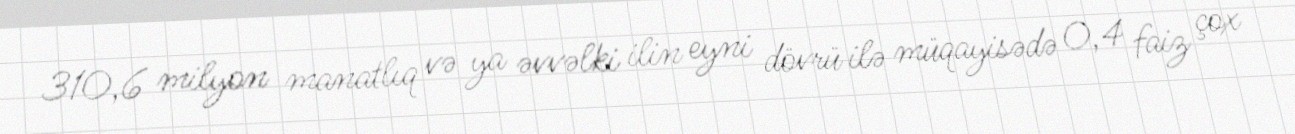
310,6 milyon manatlıq və ya əvvəlki ilin eyni dövrü ilə müqayisədə 0,4 faiz çox